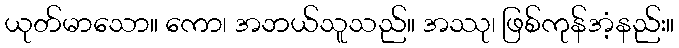
ယုတ်မာသော။ ကော၊ အဘယ်သူသည်။ အဿု၊ ဖြစ်ကုန်အံ့နည်း။